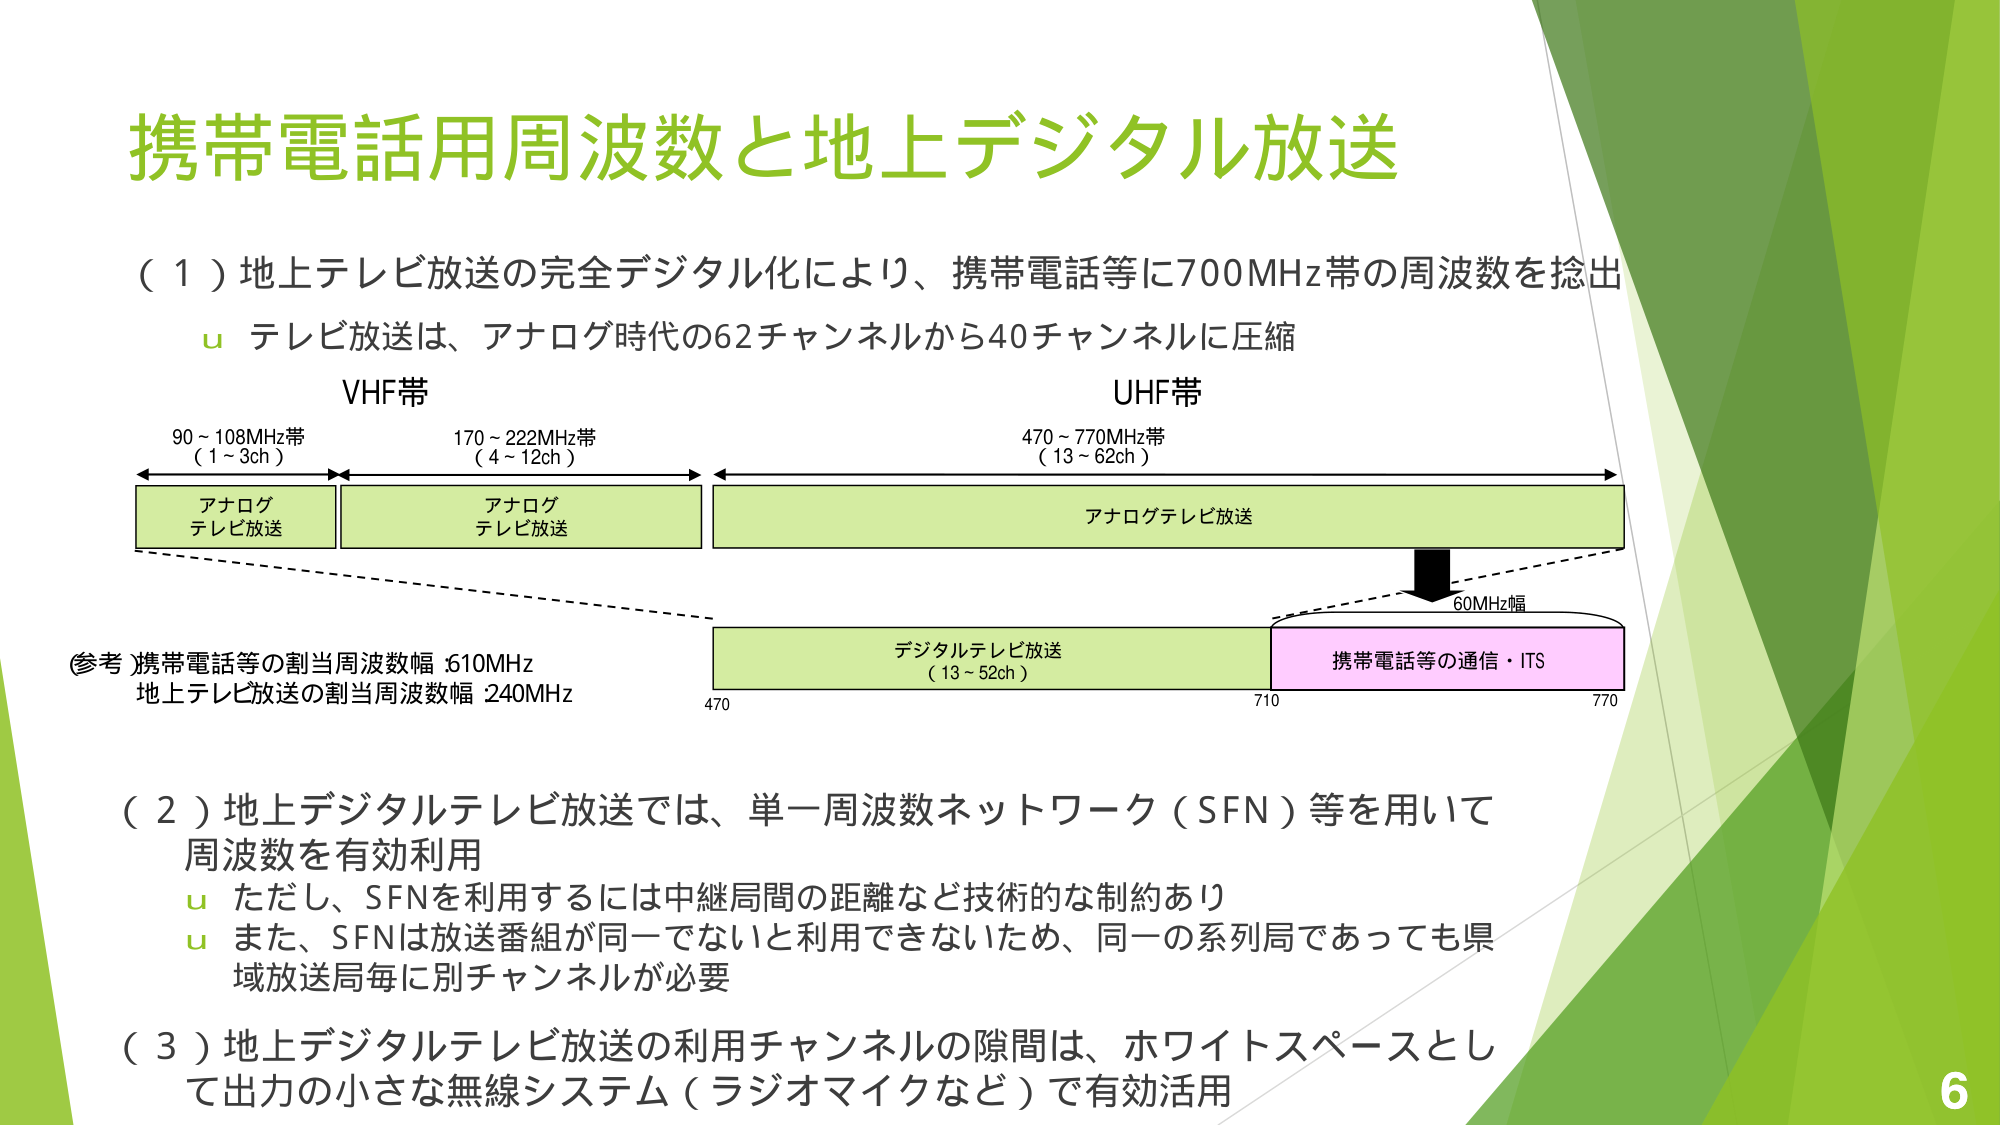
携帯電話用周波数と地上デジタル放送

（１）地上テレビ放送の完全デジタル化により、携帯電話等に700MHz帯の周波数を捻出
　　ｕ テレビ放送は、アナログ時代の62チャンネルから40チャンネルに圧縮

VHF帯
　90～108MHz帯
　（1～3ch）
　アナログ
　テレビ放送

　170～222MHz帯
　（4～12ch）
　アナログ
　テレビ放送

UHF帯
　470～770MHz帯
　（13～62ch）
　アナログテレビ放送

（参考）携帯電話等の割当周波数幅：610MHz
　　　地上テレビ放送の割当周波数幅：240MHz

　デジタルテレビ放送
　（13～52ch）
　470